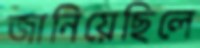
জানিয়েছিলে